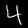
Digit: 4